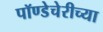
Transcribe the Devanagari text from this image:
पॉण्डेचेरीच्या